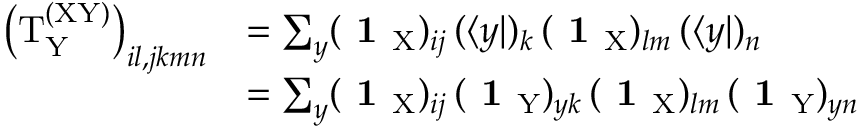
\begin{array} { r l } { \left( \mathrm { T } _ { \mathrm { Y } } ^ { \mathrm { ( X Y ) } } \right) _ { i l , j k m n } } & { = \sum _ { y } ( \textbf { 1 } _ { \mathrm { X } } ) _ { i j } \, ( \langle y | ) _ { k } \, ( \textbf { 1 } _ { \mathrm { X } } ) _ { l m } \, ( \langle y | ) _ { n } } \\ & { = \sum _ { y } ( \textbf { 1 } _ { \mathrm { X } } ) _ { i j } \, ( \textbf { 1 } _ { \mathrm { Y } } ) _ { y k } \, ( \textbf { 1 } _ { \mathrm { X } } ) _ { l m } \, ( \textbf { 1 } _ { \mathrm { Y } } ) _ { y n } } \end{array}